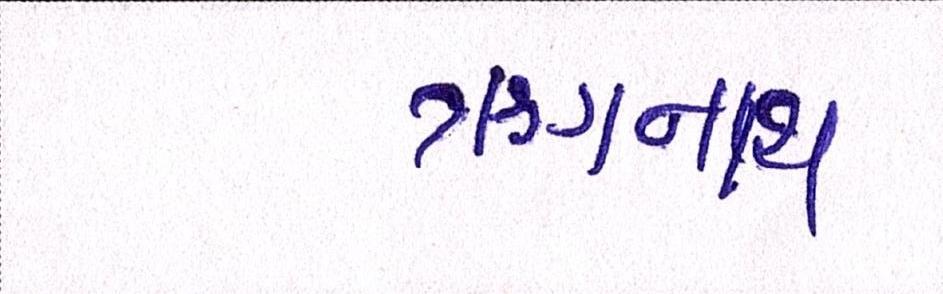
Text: ઋગનાથ